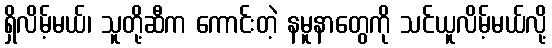
ရှိလိမ့်မယ်၊ သူတို့ဆီက ကောင်းတဲ့ နမူနာတွေကို သင်ယူလိမ့်မယ်လို့